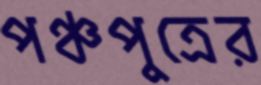
পঞ্চপুত্রের